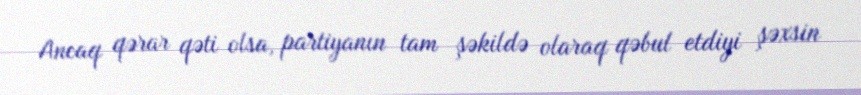
Ancaq qərar qəti olsa, partiyanın tam şəkildə olaraq qəbul etdiyi şəxsin